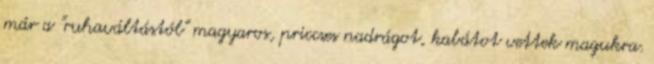
már a "ruhaváltástól" magyaros, priccses nadrágot, kabátot vettek magukra.